Problem: 5 × 2 = ?
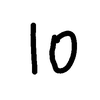
Handwritten answer: 10